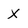
Character: X